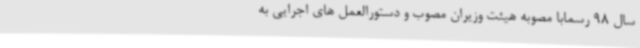
سال 98 رسماًبا مصوبه هیئت وزیران مصوب و دستورالعمل های اجرایی به